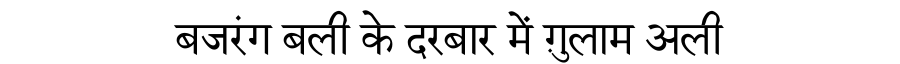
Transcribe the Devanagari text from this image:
बजरंग बली के दरबार में ग़ुलाम अली